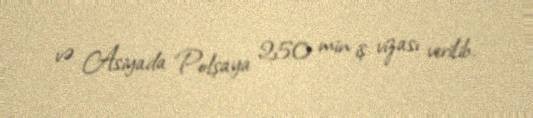
və Asiyada Polşaya 250 min iş vizası verilib.